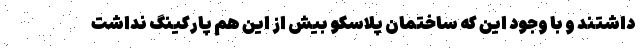
داشتند و با وجود این که ساختمان پلاسکو بیش از این هم پارکینگ نداشت